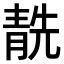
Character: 𩇜